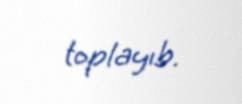
toplayıb.